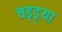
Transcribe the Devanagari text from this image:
चड्ड़्या